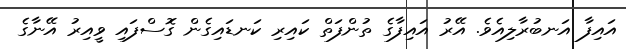
އައިފާ އަނބުރާލިއެވެ. އޭރު އައިފާގެ ތުންފަތް ކައިރި ކަނޑައިގެން ގޮސްފައި ވީއިރު އޭނާގެ